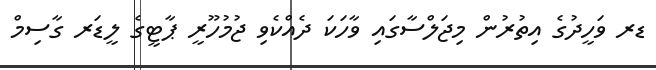
ޑރ ވަހީދުގެ އިތުރުން މިޖަލްސާގައި ވާހަކަ ދެއްކެވި ޖުމުހޫރީ ޕާޓީގެ ލީޑަރ ގާސިމް